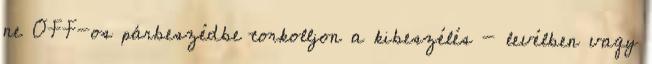
ne OFF-os párbeszédbe torkolljon a kibeszélés - levélben vagy